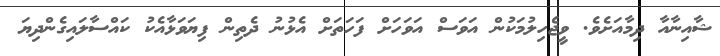
ޝާއިނާއާ ދިމާއަށެވެ. ވީޖެހިލުމަކުން އަވަސް އަވަހަށް ފަހަތަށް އެޅުނު ދެތިން ފިޔަވަޅާއެކު ކައްސާލައިގެންދިޔަ